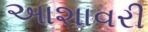
આશાવરી